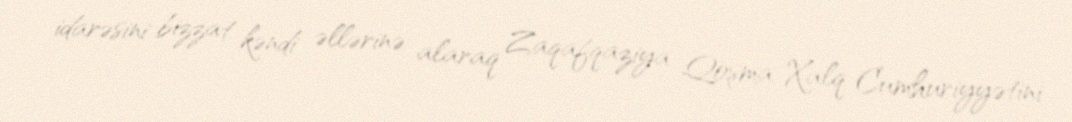
idarəsini bizzat kəndi əllərinə alaraq Zaqafqaziya Qoşma Xalq Cumhuriyyətini